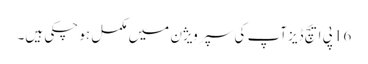
16 پی ایچ ڈیزآپ کی سپر ویژن میں مکمل ہو چکی ہیں۔